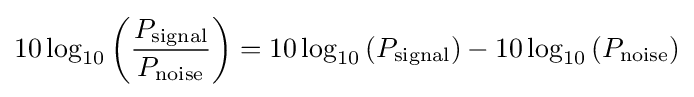
10\log _{10}\left({\frac {P_{\mathrm {signal} }}{P_{\mathrm {noise} }}}\right)=10\log _{10}\left(P_{\mathrm {signal} }\right)-10\log _{10}\left(P_{\mathrm {noise} }\right)